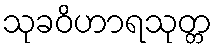
သုခဝိဟာရသုတ္တ